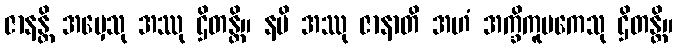
ဇာနန္တိ အမှေသု အဿု ဌိတန္တိ။ နပိ အဿု ဇာနာတိ အဟံ အက္ခိကူပကေသု ဌိတန္တိ။